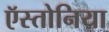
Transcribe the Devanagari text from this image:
ऍस्तोनिया